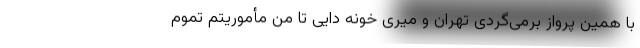
با همین پرواز برمی‌گردی تهران و میری خونه دایی تا من مأموریتم تموم